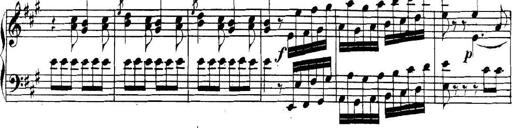
Title: Collected Piano Sonatas
Composer: Muzio Clementi